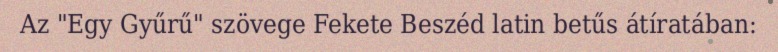
Az "Egy Gyűrű" szövege Fekete Beszéd latin betűs átíratában: